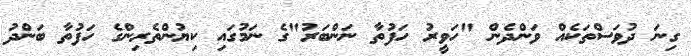
ގިނަ ދުވަސްތަކެއް ވަންދެން "ހަވީރު ހަފުތާ ނަންބަރު"ގެ ނަމުގައި ކިޔުންތެރިންގެ ހަފުތާ ބަންދު